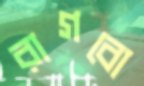
রাগবো